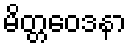
မိတ္တဝေဒနာ